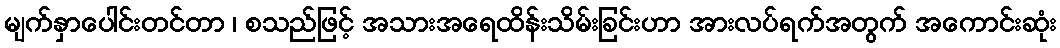
မျက်နှာပေါင်းတင်တာ ၊ စသည်ဖြင့် အသားအရေထိန်းသိမ်းခြင်းဟာ အားလပ်ရက်အတွက် အကောင်းဆုံး